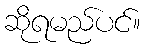
ဆိုရမည်ပင်။